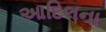
આદિલના